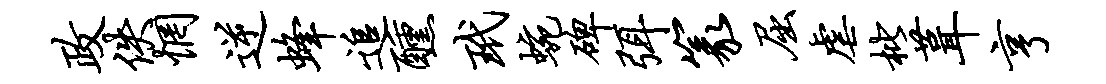
政佚惘逆蜂追醺玳蜿碑弭篆屈虐枇葺亨